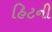
હિટની